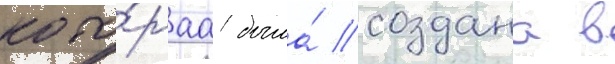
кото́раа была́ создана в